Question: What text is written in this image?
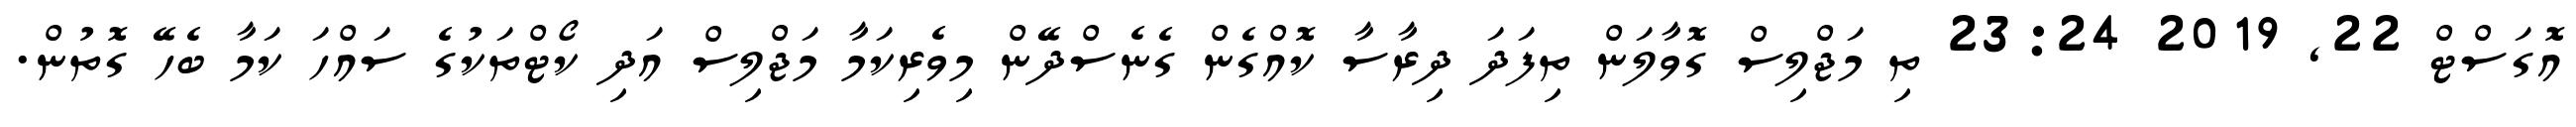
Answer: އޮގަސްޓް 22, 2019 23:24 ތި މަޖްލިސް ގޮވާލަން ތިފަދަ ދިރާސާ ކޮއްގެން ގެނެސްދޭން މިވެރިކަމާ މަޖްލިސް އަދި ކޯޓްތަކުގެ ސައްހަ ކަމާ ބެހޭ ގޮތުން.